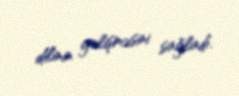
dilinin gəlişməsini sağladı.